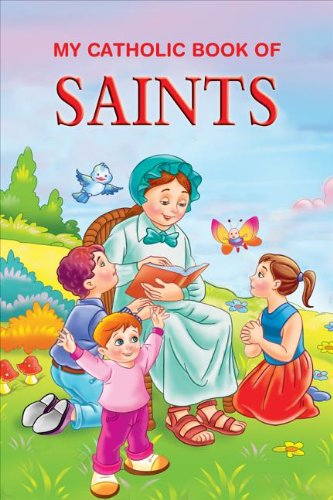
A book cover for My Catholic Book of Saints Stories (St. Joseph Kids' Books); Thomas J. Donaghy; Children's Books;